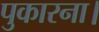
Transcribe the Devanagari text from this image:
पुकारना।